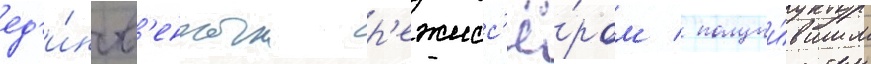
ед'и́нств'енным р'ежисс'ё́ром / получи́вшим